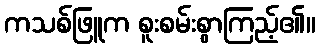
ကသစ်ဖြူက စူးစမ်းစွာကြည့်၏။